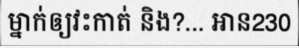
ម្នាក់ឲ្យវះកាត់ និង?... អាន230